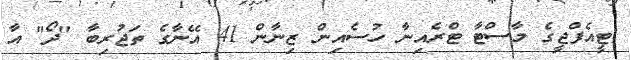
ޓީއެފްޖީގެ މާސްޓާ ޓްރެއިނާ ހުސެއިން ޒިނާން 41 އޭނާގެ ތަޖުރިބާ "ދޯ" އާ